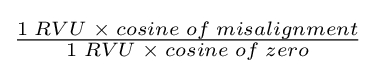
{\begin{matrix}{\frac {1\;RVU\;\times \;cosine\;of\;misalignment}{1\;RVU\;\times \;cosine\;of\;zero}}\end{matrix}}